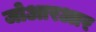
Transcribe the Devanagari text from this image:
जोआरआर